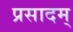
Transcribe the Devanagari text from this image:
प्रसादम्